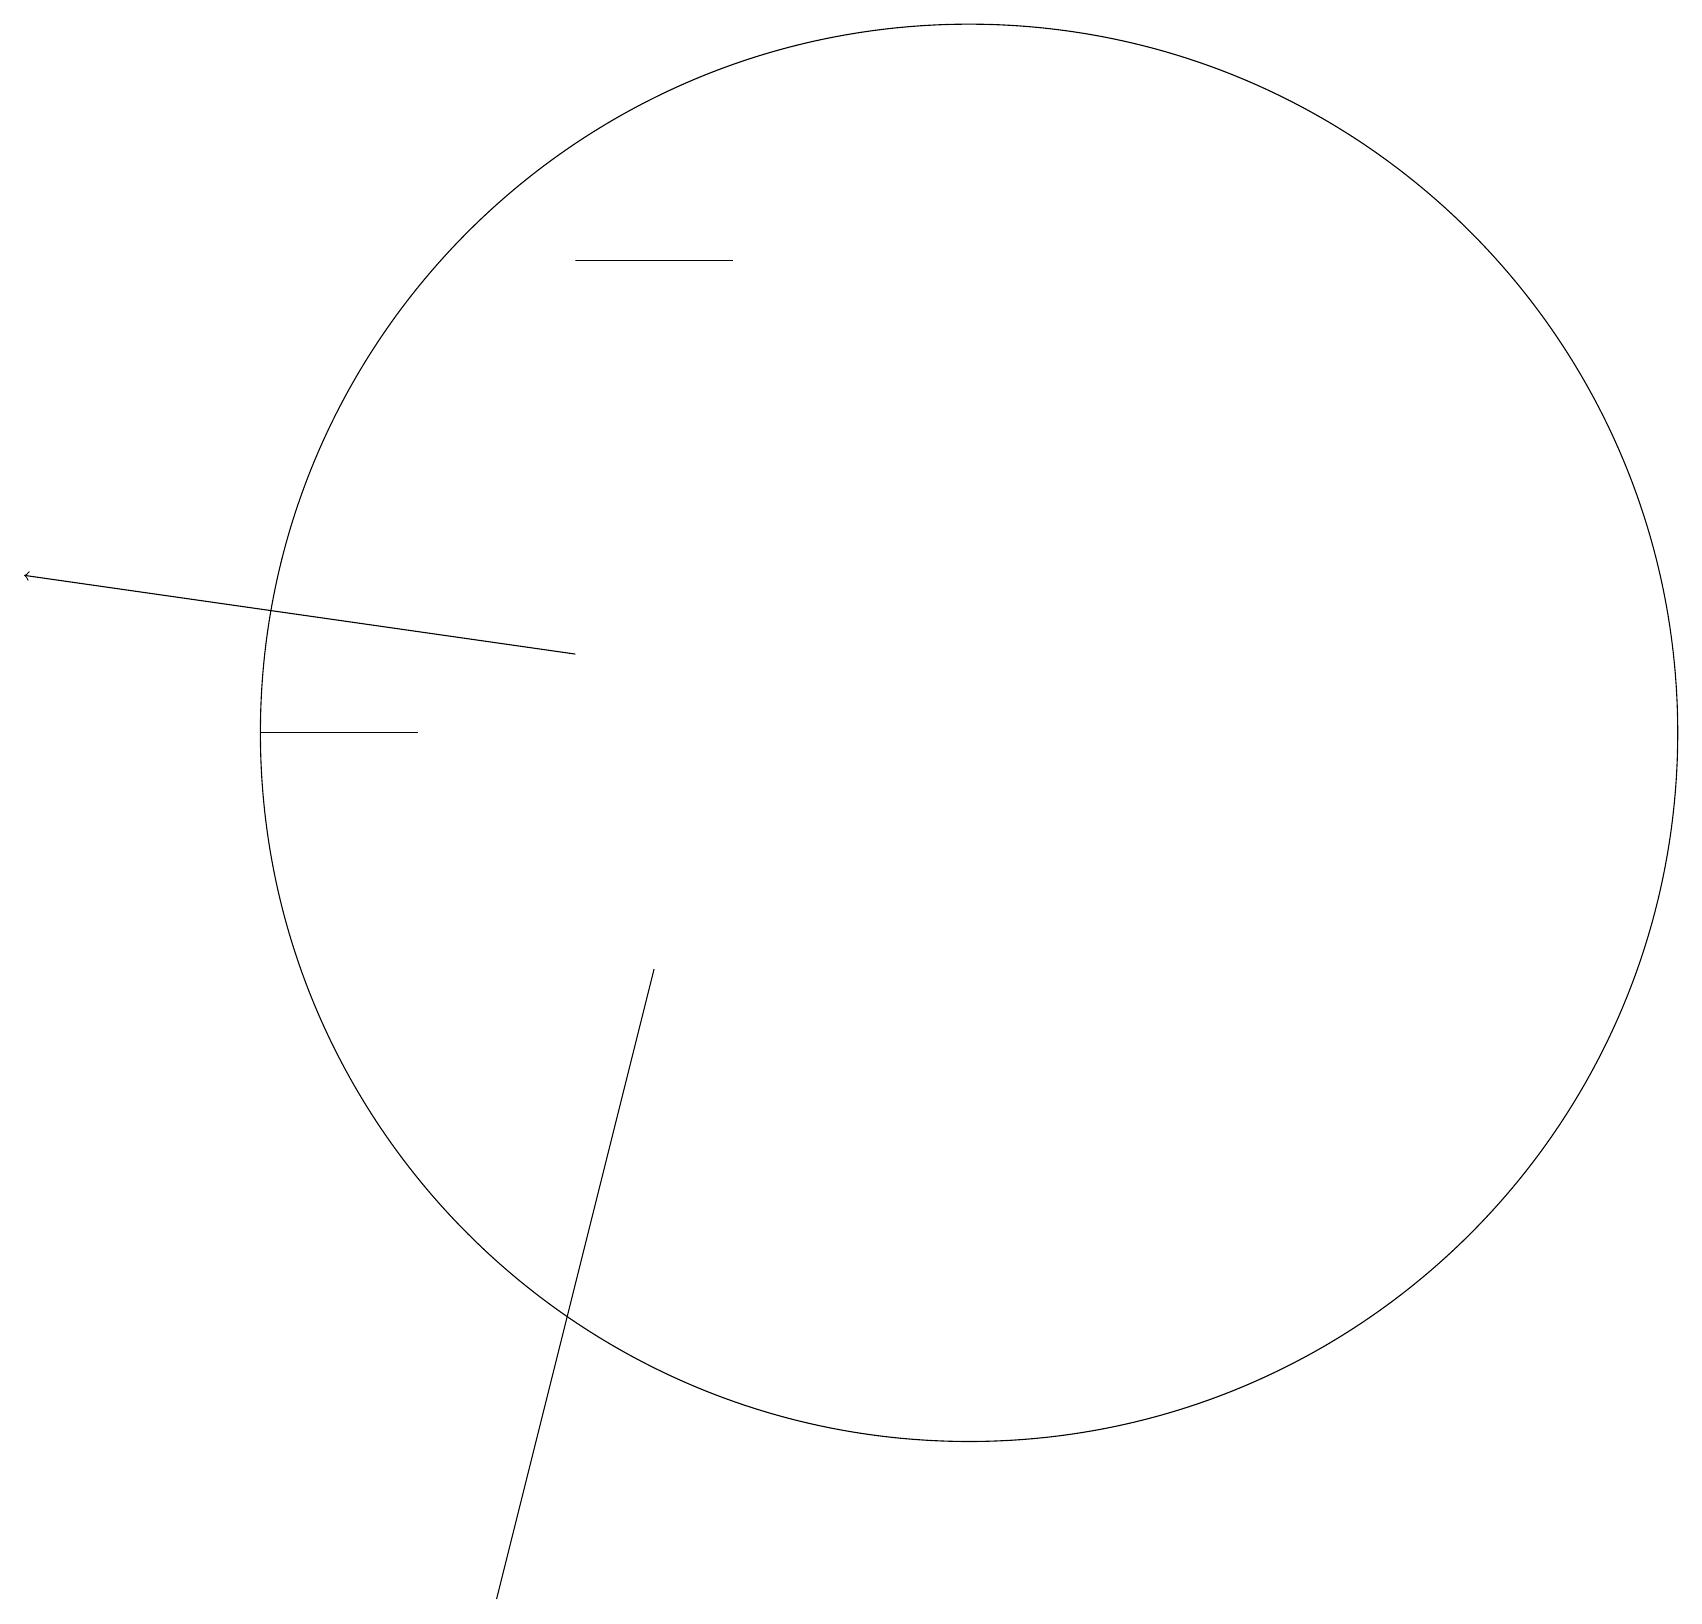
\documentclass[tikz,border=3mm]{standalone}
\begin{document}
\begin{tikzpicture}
\draw[->] (7,12) -- (0,13);
\draw (3,11) rectangle (5,11);
\draw (12,11) circle (9);
\draw (7,17) rectangle (9,17);
\draw (6,0) -- (8,8) -- (7,4) -- cycle;
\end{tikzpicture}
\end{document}